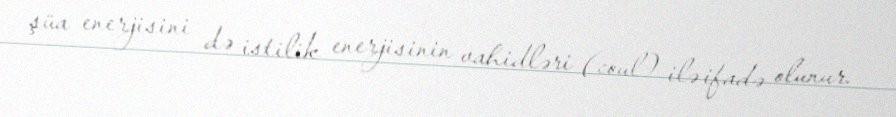
şüa enerjisini də istilik enerjisinin vahidləri (coul) ilə ifadə olunur.